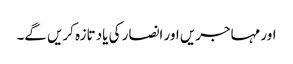
اور مہاجریں اور انصار کی یاد تازہ کریں گے۔